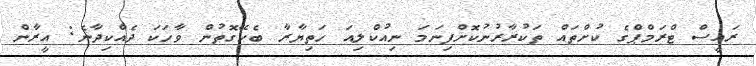
ރައީސް ޓްރަމްޕްގެ ކުށްތައް ތަކުރާރުނުކޮށްފިނަމަ ނިއުކްލިއަ ހަތިޔާރާ ބެހޭގޮތުން ވާހަކަ ދެއްކިދާނެ: އީރާން